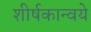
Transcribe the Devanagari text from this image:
शीर्षकान्वये